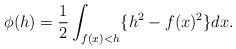
LaTeX: \begin{align*} \begin{aligned} \phi(h)=\frac{1}{2}\int_{f(x)<h}\{h^2-f(x)^2\}dx. \end{aligned} \end{align*}